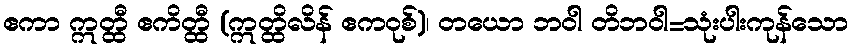
ဧကာ ဣတ္ထီ ဧကိတ္ထီ (ဣတ္ထိလိန် ဧကဝုစ်)၊ တယော ဘဝါ တိဘဝါ=သုံးပါးကုန်သော